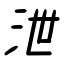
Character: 泄